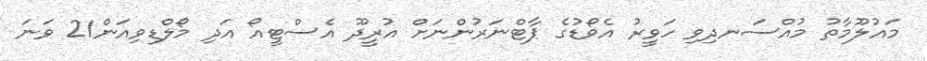
މައުލޫމާތު މުއްސަނދިވި ހަވީރު އެވޯޑުގެ ޕާޓްނަރުންނަށް އުރީދޫ އެސްޓީއޯ އަދި މޯލްޑިވިއަން21 ވަނަ